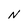
Character: N